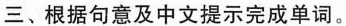
三、根据句意及中文提示完成单词。